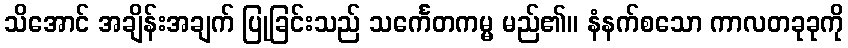
သိအောင် အချိန်းအချက် ပြုခြင်းသည် သင်္ကေတကမ္မ မည်၏။ နံနက်စသော ကာလတခုခုကို